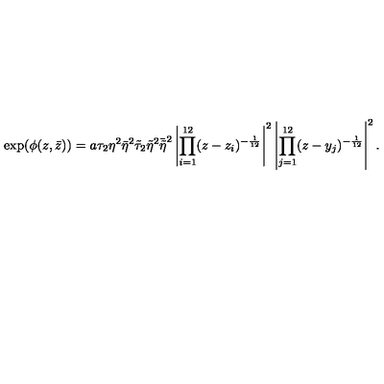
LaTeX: \exp ( \phi ( z , \bar { z } ) ) = a \tau _ { 2 } \eta ^ { 2 } \bar { \eta } ^ { 2 } \tilde { \tau } _ { 2 } \tilde { \eta } ^ { 2 } \bar { \tilde { \eta } } ^ { 2 } \left| \prod _ { i = 1 } ^ { 1 2 } ( z - z _ { i } ) ^ { - \frac { 1 } { 1 2 } } \right| ^ { 2 } \left| \prod _ { j = 1 } ^ { 1 2 } ( z - y _ { j } ) ^ { - \frac { 1 } { 1 2 } } \right| ^ { 2 } .